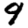
Digit: 9